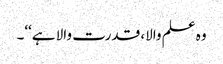
وہ علم والا، قدرت والا ہے‘‘۔